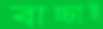
বাচ্চাই